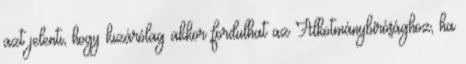
azt jelenti, hogy kizárólag akkor fordulhat az Alkotmánybírósághoz, ha